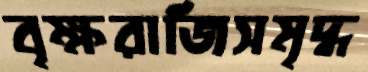
বৃক্ষরাজিসমৃদ্ধ